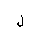
Letter: _lam